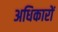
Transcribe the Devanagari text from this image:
अधिकारों